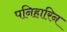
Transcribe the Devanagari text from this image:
पनिहारिन